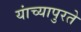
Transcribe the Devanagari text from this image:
यांच्यापुरते